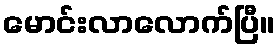
မောင်းလာလောက်ပြီ။